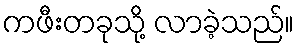
ကဖီးတခုသို့ လာခဲ့သည်။